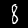
Label: 8